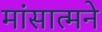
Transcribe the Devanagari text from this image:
मांसात्मने